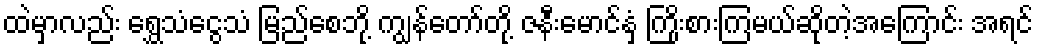
ထဲမှာလည်း ရွှေသံငွေသံ မြည်စေဘို့ ကျွန်တော်တို့ ဇနီးမောင်နှံ ကြိုးစားကြမယ်ဆိုတဲ့အကြောင်း အရင်